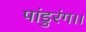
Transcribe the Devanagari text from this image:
पांडुरंग।।